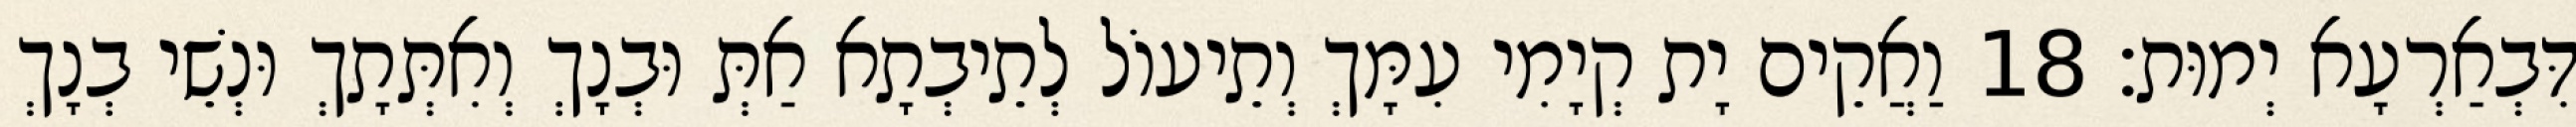
דִּבְאַרְעָא יְמוּת׃ 18 וַאֲקֵים יָת קְיָמִי עִמָּךְ וְתֵיעוֹל לְתֵיבְתָא אַתְּ וּבְנָךְ וְאִתְּתָךְ וּנְשֵׁי בְנָךְ